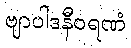
ဗျာပါဒနီဝရဏံ